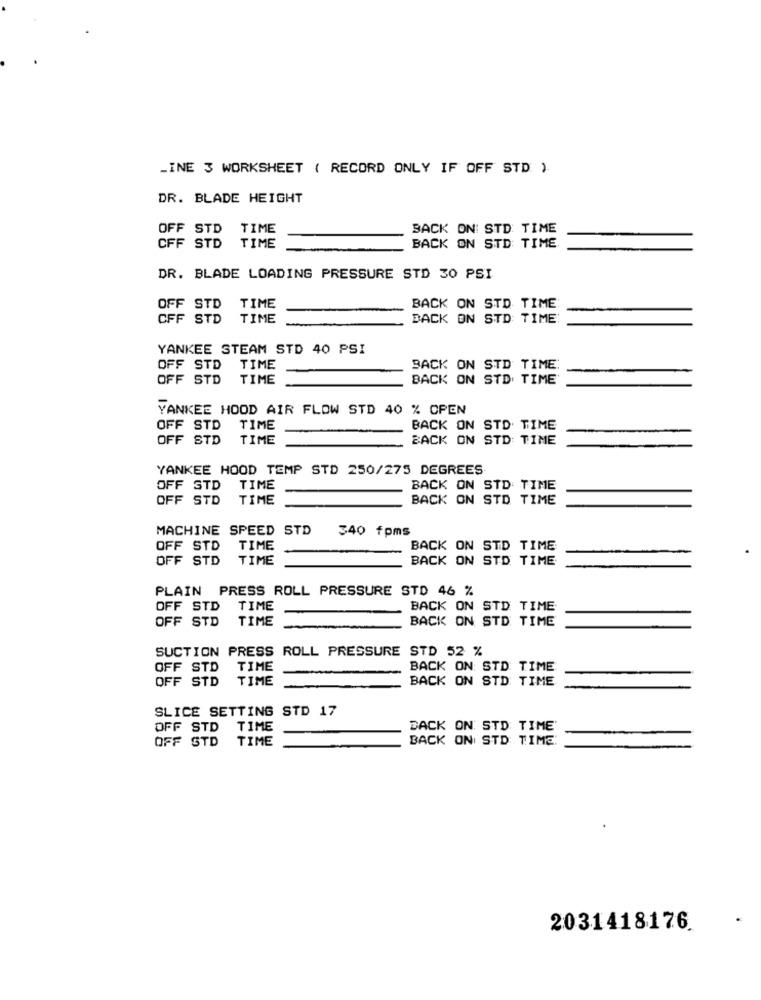
_INE 3 WORKSHEET ( RECORD ONLY IF OFF STD ).
DR. BLADE HEIGHT
OFF STD
TIME
BACK ON: STD TIME
CFF STD
TIME
BACK ON STD TIME
DR. BLADE LOADING PRESSURE STD 30 PSI
OFF STD
TIME
BACK ON STD TIME
CFF STD
TIME
BACK ON STD TIME
YANKEE STEAM STD 40 PSI
OFF STD
TIME
BACK ON STD TIME
OFF STD
TIME
BACK ON STD TIME
YANKEE HOOD AIR FLOW STD 40 % OPEN
OFF STD
TIME
BACK ON STD. TIME
OFF STD
TIME
BACK ON STD TIME
YANKEE HOOD TEMP STD 250/275 DEGREES
OFF STD
TIME
BACK ON STD TIME
OFF STD
TIME
BACK ON STD TIME
MACHINE SPEED STD
340 fpms
OFF STD
TIME
BACK ON STD TIME
OFF STD
TIME
BACK ON STD TIME
PLAIN PRESS ROLL PRESSURE STD 46 %
OFF STD
TIME
BACK ON STD TIME
OFF STD
TIME
BACK ON STD TIME
SUCTION PRESS ROLL PRESSURE STD 52 %
OFF STD
TIME
BACK ON: STD TIME
OFF STD
TIME
BACK ON STD: TIME
SLICE SETTING STD 17
OFF STD
TIME
BACK ON STD TIME'
OFF STD
TIME
BACK ON STD TIME:
2031418176.